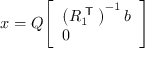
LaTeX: x = Q { \left[ \begin{array} { l } { \left( R _ { 1 } ^ { \textsf { T } } \right) ^ { - 1 } b } \\ { 0 } \end{array} \right] }